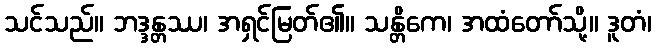
သင်သည်။ ဘဒ္ဒန္တဿ၊ အရှင်မြတ်၏။ သန္တိကေ၊ အထံတော်သို့။ ဒူတံ၊